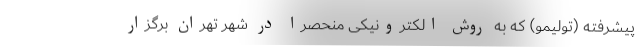
پیشرفته (تولیمو) که به روش الکترونیکی منحصراً در شهر تهران برگزار